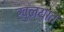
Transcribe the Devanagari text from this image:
खुन्यात